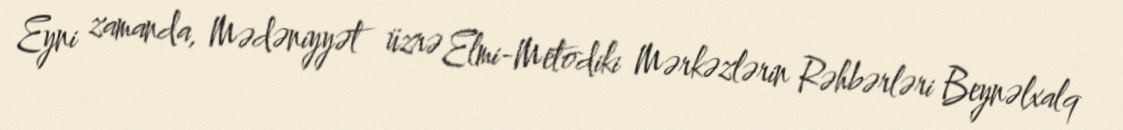
Eyni zamanda, Mədəniyyət üzrə Elmi-Metodiki Mərkəzlərin Rəhbərləri Beynəlxalq